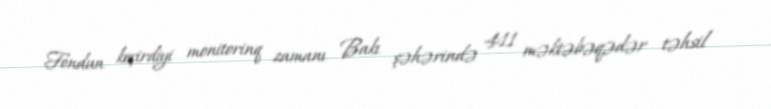
Fondun keçirdiyi monitorinq zamanı Bakı şəhərində 411 məktəbəqədər təhsil